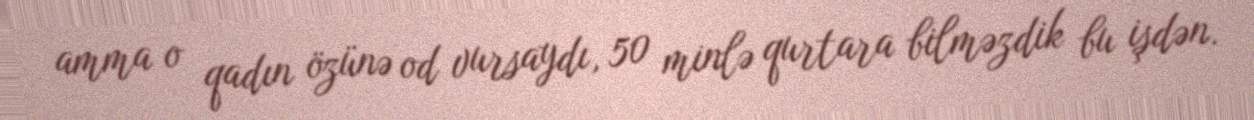
amma o qadın özünə od vursaydı, 50 minlə qurtara bilməzdik bu işdən.